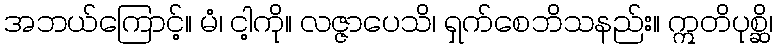
အဘယ်ကြောင့်။ မံ၊ ငါ့ကို။ လဇ္ဇာပေသိ၊ ရှက်စေဘိသနည်း။ ဣတိပုစ္ဆိ၊